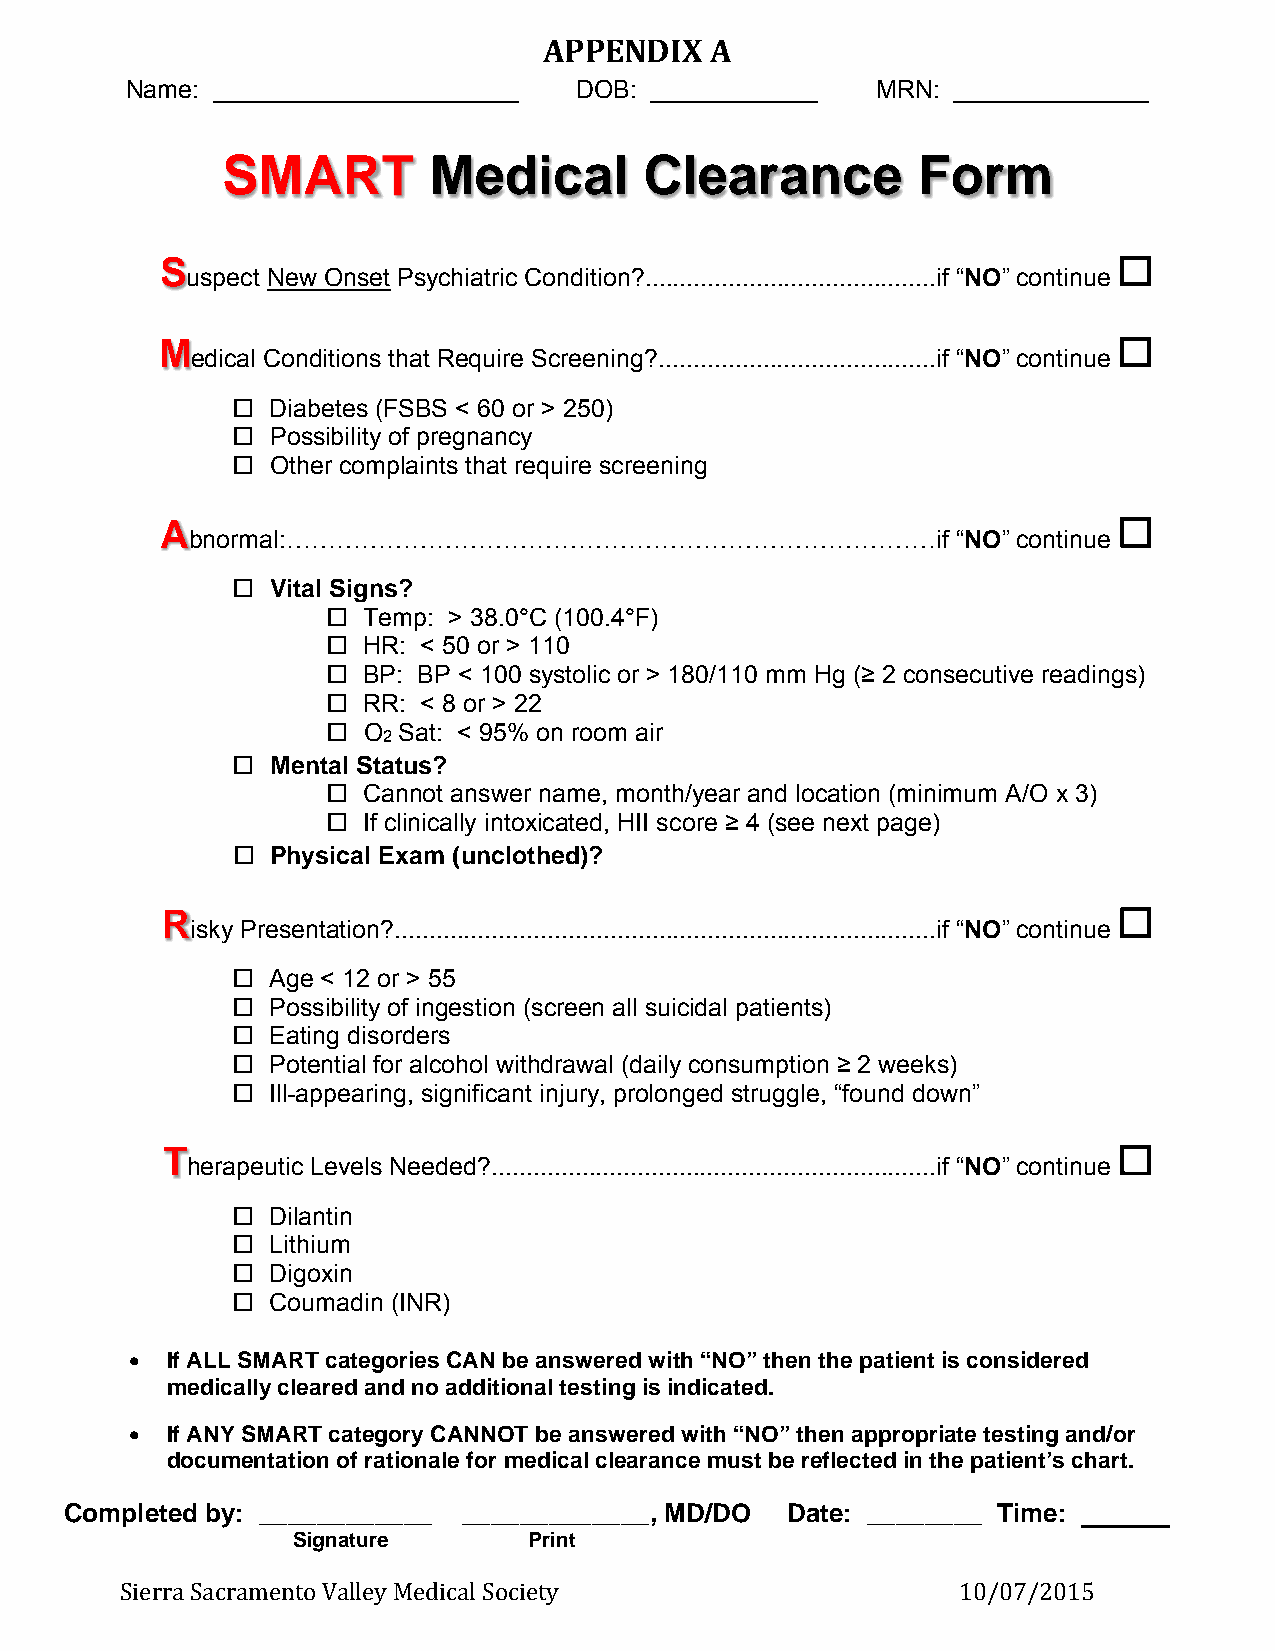
APPENDIX   A
 Name: ______________________  DOB: ____________   MRN: ______________
 SMART        Medical        Clearance         Form
 S
 uspect New Onset Psychiatric Condition?..........................................if “NO” continue
 M
 edical Conditions that Require Screening?........................................if “NO” continue
   Diabetes (FSBS < 60 or > 250)
   Possibility of pregnancy
   Other complaints that require screening
 A
 bnormal:……………………………………………………………………if              “NO” continue
   Vital Signs?
  Temp: > 38.0°C (100.4°F)
  HR: < 50 or > 110
  BP: BP < 100 systolic or > 180/110 mm Hg (≥ 2 consecutive readings)
  RR: < 8 or > 22
  O Sat: < 95% on room air
 2
   Mental Status?
  Cannot answer name, month/year and location (minimum A/O x 3)
  If clinically intoxicated, HII score ≥ 4 (see next page)
   Physical Exam (unclothed)?
 R
 isky Presentation?..............................................................................if “NO” continue
   Age < 12 or > 55
   Possibility of ingestion (screen all suicidal patients)
   Eating disorders
   Potential for alcohol withdrawal (daily consumption ≥ 2 weeks)
   Ill-appearing, significant injury, prolonged struggle, “found down”
 T
 herapeutic Levels Needed?................................................................if “NO” continue
   Dilantin
   Lithium
   Digoxin
   Coumadin (INR)
  If ALL SMART categories CAN be answered with “NO” then the patient is considered
 medically cleared and no additional testing is indicated.
  If ANY SMART category CANNOT be answered with “NO” then appropriate testing and/or
 documentation of rationale for medical clearance must be reflected in the patient’s chart.
 Completed by: ____________ _____________, MD/DO Date: ________ Time:
 Signature       Print
 Sierra Sacramento Valley Medical Society                10/07/2015